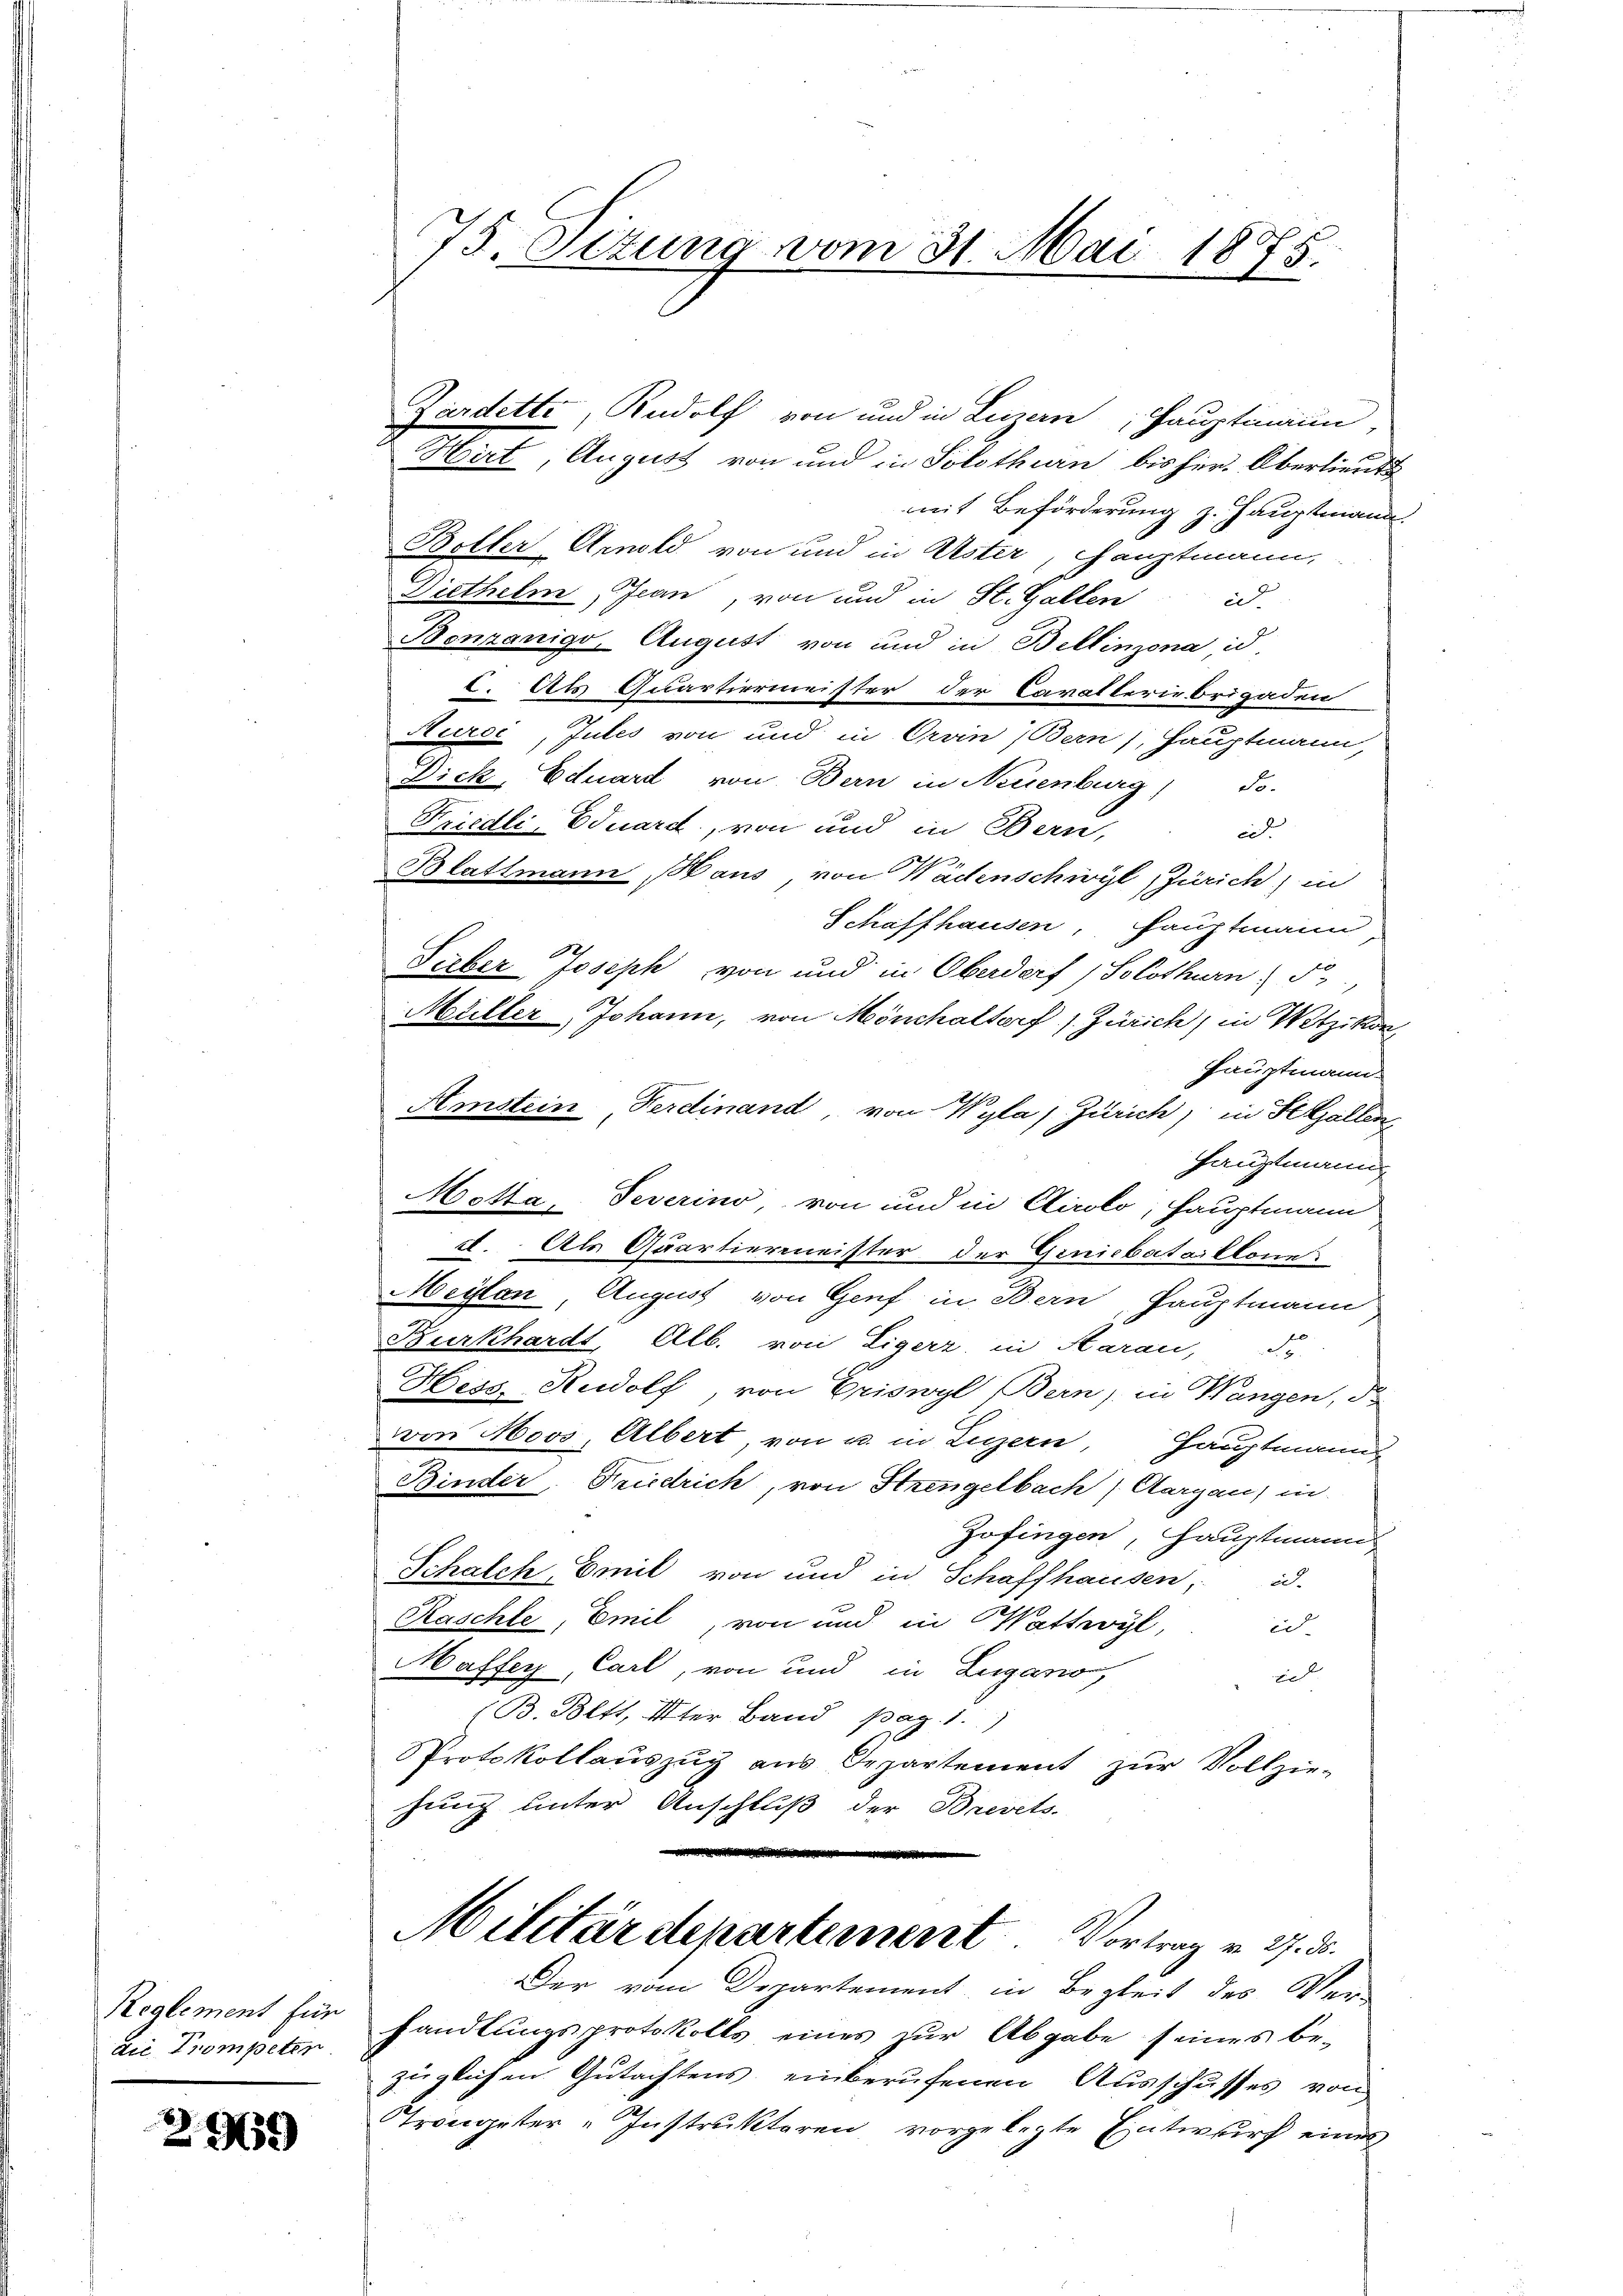
Reglement für
die Trompeten

29659)

75. Ottung vom 31. Mai 1875.

Zardette, Rudolf von und in Linern, Hauptmann,
Hirt August von und in Solothurn bis her. Oberlieut
mit Beförderung z. Hauptmann.
Boller Arnold von und in Uster, Hauptmann,
Diethelm, Jean, von und in St. Gallen id.
Benzanigo, August von und in Bellinzona id.
c. Als Quartiermeister der Cavalleriebrigaden
Aurde, Jules von und in Orvin Bern, Hauptmann,
Dick, Eduard von Bern in Neuenburg) do-
Friedli-Eduard, von und in Bern,
eit
Blattmann Haus, von Wädenschwyl, Zürich, in
Schaffhausen, Hauptmann
Saber Joseph von und in Oberdorf (Solothurn. F.,
Müller, Johann, von Mönchaltorf s. Zürich, in Wetzikon,
Hauptmann.
Amstein Ferdinand, von Wyla, Zürich, in St. Gallen,
Hauptmann
Motta, Severino, von und in Airolo, Hauptmann
d. Als Quartiermeister der Geniebataillone
Meylan, August von Genf in Bern, Pauptmann
Burkhardt, Alb. von Eigerz, in Aarau, d.
Hess, Rudolf, von Criswyl, Bern) in Wangen, d.
von Moos, Albert von u. in Legern Hauptmanns
Binder, Friedrich, von Strengelbach, Aargau) in
Zofingen, Hauptmann
Schalch, Emil von und in Schaffhausen, d.
Kaschte, Emil, von und in Wattwyl,
en
Maffer, Carl, von und in Lugano,
z
(B. Bett, 2ter Band, pag. 1.)
PProtokollaŭszŭg ans Departement zŭr Vollzie-
hung unter Anschluß der Brevets.
Militärdepartement. Vortrag v. 27. d.
Der vom Departement in Begleit des Ver-
handlungsprotokolls eines zur Abgabe seines be-
zugleichen Gutachtens einberufenen Ausschusses von
Trongester-Instruktoren, vorgelegte Entwurf eines